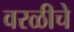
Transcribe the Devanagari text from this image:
वरळीचे